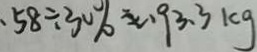
5 8 \div 3 0 \% \approx 9 3 . 3 k g